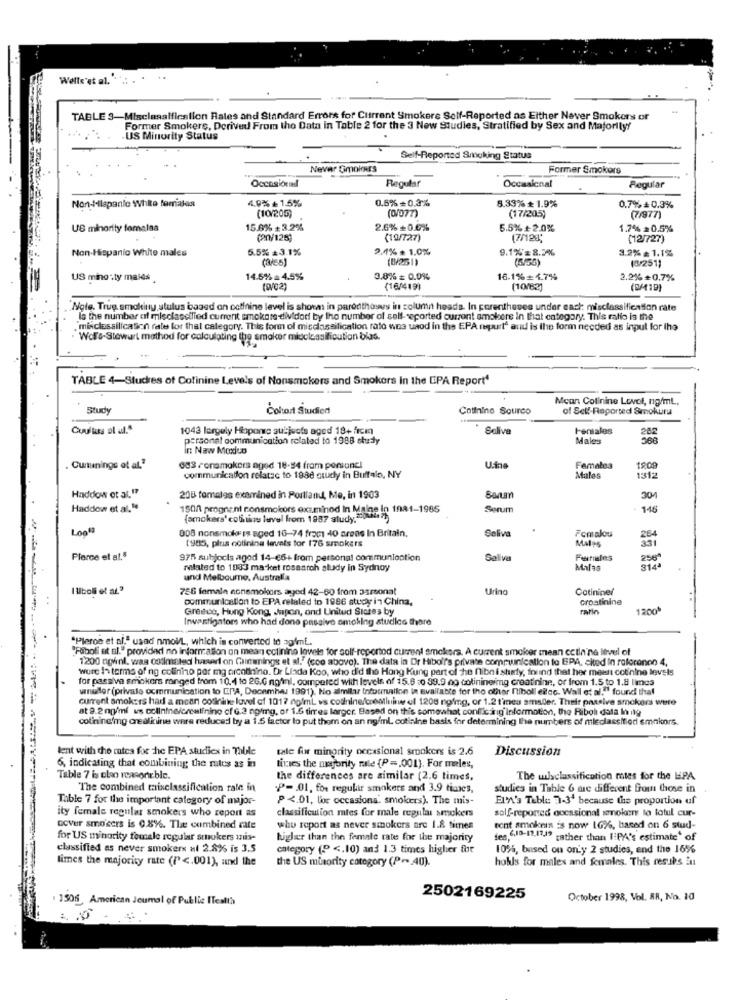
Wells'et al."
TABLE 3-Misclasalficslion Rates and Standard Errors for Current Smokere Self-Reported as Either Never Smokers or
Former Smokers, Derived From the Data in Table 2 for the 3 New Studies, Stratified by Sex and Majority!
US Minority Status
Self-Reported Smoking Status
Never Gmolors
Former Smokers
Occasionel
Regular
Occaslenal
Regular
Non-Hlapanie White forriales
4.9% + 1.5%
0.6% + 0.3%
8.33% * 1.9%
(10/205)
(0/077)
0.7% +0.3%
(17/205)
(7/977)
US minority fomalsa
15.6% + 3.2%
2.6% +0.0%
5.5% +2.0%
1.7% = 0.5%
(20/125)
(19/727)
(7/128;
(12/727)
Non-Hispanic White males
5.5% =3.1%
2.1% . 1.0%
9.1%= 8.2%
3.2% = 1.1%
(3/ES)
(8/251)
(3/251)
US mino:ty males
14.5%= 4.5%
3.8% = 0.0%
16.1%= 4.7%
2.2%+0.7%
(16/419)
(10/62)
(6/419)
Note, Trug. smokiny stulus based on octinine level is shown in parentheses in column heads. In parentheses under cach misclassification rate
Is the number of misclassified current smokene-divided by the number of self-reported oursont smokers in that category. This ratio is the
mi-classilication rate for that category. This form of misclassification rato wos uaod in the EPA mspurte and is the form needed as input for the
Wolf's-Stewart method for calculating the smaker mitclassification bias.
TABLE 4-Studies of Cofinine Levels of Nonsmokers and Smokers In the EPA Report4
Mcan Colinine Level, ng/ml,
Study
Cohort Studied
Catinino Sourco
of Self-Reported Smokuna
Cuullus ol ul."
1043 largely Hoporc subjects aged 18+ fremn
Sclive
Females
282
personal communication related to 1988 study
Males
in Naw Moxico
. Curtenings et al."
083 -onsmakers aged 18-94 fram pensancl
Femalea
1909
communication relatac to 1986 study in Buffalo, NY
Males
1312
Haddow et al."
208 tomales examined in Portland, Me, in 1903
304
Haddow et al."
1500 prognent ronsmokors exs.minod In Maine In 1981-1965
Serum
146
(amokers' cotitim lavul from 1987 study.")
Loo"
008 nonsmok is aged 16-74 fract 40 areas In Britain.
Saliva
Fomalou
Males
331
(985, plus cotinina levels for 176 smokers
Plerce et at,5
975 subjocis agod 14-66+ from personal communication
Saliva
258"
mutated to 1033 ma ket rosaarch study in Sydnoy
Milas
314ª
und Melbourne, Australia
I liboli et al."
756 female nonsmokers ayed 42-60 from asrsonal
Uring
Catininel
communication to EPA relaled to 1986 study in China,
Grostinine
Greece, Hong Kong, Japon, and United States by
1200
Investigators who had done passive smoking studies there
"Pleroe et al." usad nmol/L, which is converted to agimL.
"Foiboli et al." provided no information on mean ectinino levels for solf-reportod current smokers. A current smoker mean cctin ne level of
1200 nownl, was Cotimated haserl on Guinnings et al. (coo above). The data in Or Hibo'r's private communication to EPA, cited In roforonon 4,
were In terms of ng colinho por mg arcolining. Dr Linda Koo, who did the Hong Kung part of he nibn ishly, found that her meant cotinine levels
for passiva smokers ranged from 10,4 to 26.0 nginl, competed with levels of 15.6 :0 99.9 no colinineimg creatinine, or from 1.5 to 1.8 lines
winefor (private ocmmunication to ERA, December 1991). No similar Infounaalion in available for the olitar niboll eilco. Wall et al." found that
current smokers had a mcan cotinine lovel of 1017 noimL ws codinine/creatinine of 1200 noimg, or 1.2 t'mes smsder. Their passive smokers were
at 9.2 mg/ml as colinine/creatinine cf G.2 ng/mg, of 1.6 tires larger. Based on this somewhat conflicting information, the Riboli data In nlg
colinincimg crealkine were reduced by a 1.5 factor lo put them on an ng/ml. cotinine basis for determining the numbers of mleclassified smakors.
lent with the rates for che EPA studies in Thble
tale fur minority occasional smookers is 2.6
Discussion
6, indicating that combining the rates as in
tivies the nmajority rale (P =. 001). For meles,
Table 7 is cleo reasonir.ble.
the differences are similar (2.6 times,
The wlsclassification mies for the HPA
The combined taixclassification rate in
P =- 01, for regukir smokers and 3.9 times,
studies in Table 6 are different from those in
Table 7 for the important category of major-
P <. 01, lor occasiona. smokers). The mis
ElX's Table 3-3' because the proportion uf
classification mies for male regular smokers
solf-reported occasional smokers lo latul cur-
ity female regular smokers who report as
OCVer smoisers is 0.8%. The combined rate
who report as never smokers ore 1.8 titres
rent amoloen is now 16%, based on 6 stud-
for US minority female regular stokers mis-
higher than the female rate for the majority
des Cia-12.1119 rather than I:PA's estimate' of
classified as never smokers Hl 2.8% is 3.5
category (.º <. 10) and 1.3 times higher for
10%, bused on on'y 2 studies, and the 16%
limes the majority rate (I <. 001), and the
the US minority category (P- 40).
hobls for males and females. This resuks in
. 1506 American Joumal of Public ITealth
2502169225
October 1998, Vol. AR, No. 10